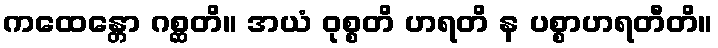
ကထေန္တော ဂစ္ဆတိ။ အယံ ဝုစ္စတိ ဟရတိ န ပစ္စာဟရတီတိ။